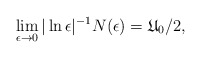
\begin{align*} \lim_{\epsilon \to 0} |\ln \epsilon|^{-1}N(\epsilon) = \mathfrak{U}_0/2, \end{align*}